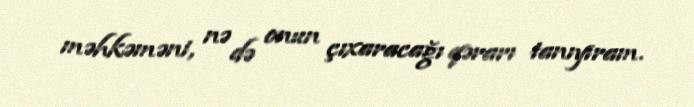
məhkəməni, nə də onun çıxaracağı qərarı tanıyıram.